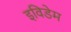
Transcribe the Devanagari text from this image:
इविडेम